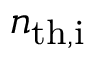
n _ { \mathrm { t h , i } }